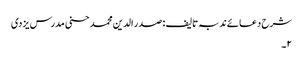
شرح دعائے ندبہ تالیف : صدر الدین محمد حسنی مدرس یزدی
۲۔